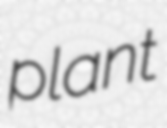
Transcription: plant